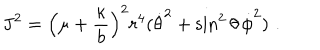
LaTeX: { \bf J } ^ { 2 } = \left( \mu + { \frac { \kappa } { b } } \right) ^ { 2 } r ^ { 4 } ( \dot { \theta } ^ { 2 } + \sin ^ { 2 } \theta \, \dot { \phi } ^ { 2 } ) \, \, .